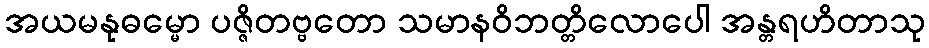
အယမနုဓမ္မော ပဇ္ဇိတဗ္ဗတော သမာနဝိဘတ္တိလောပေါ အန္တရဟိတာသု